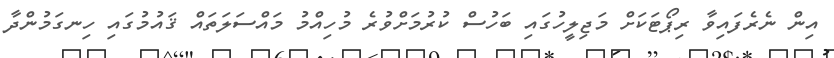
އިން ނެރެފައިވާ ރިޕޯޓަކަށް މަޖިލީހުގައި ބަހުސް ކުރުމަށްވުރެ މުހިއްމު މައްސަލަތައް ޤައުމުގައި ހިނގަމުންދާ